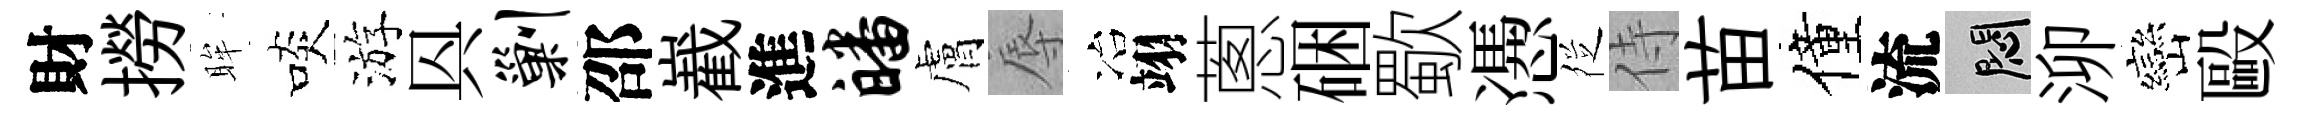
財撈眸啖游㒷剿邵嶻進皤膚辱冶翊蔥硱歜慿徔侍苗僮流悶泖巒毆